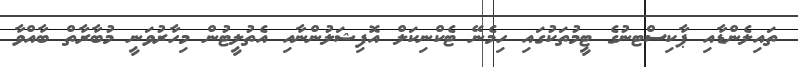
ތައިލެންޑާއި ޕާކިސްޓނުގެ ޓީމުތަކުގައި ހިމެނޭ ޓެކްނިކަލް އޮފިޝަލުންނާއި އެތުލީޓުން މިހާރުވަނީ މުބާރާތް ބާއްވާ